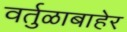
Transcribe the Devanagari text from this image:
वर्तुळाबाहेर